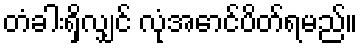
တံခါးရှိလျှင် လုံအောင်ပိတ်ရမည်။